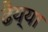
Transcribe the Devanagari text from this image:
ढैय्या